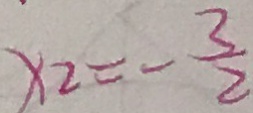
x _ { 2 } = - \frac { 3 } { 2 }